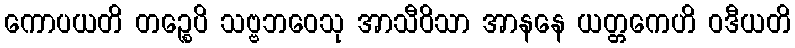
ကောပယတိ တဉ္စေပိ သဗ္ဗဘဝေသု အာသီဝိသာ အာနနေ ယတ္တကေဟိ ဝဒီယတိ